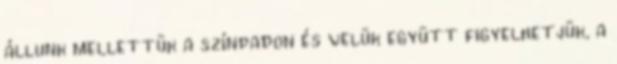
állunk mellettük a színpadon és velük együtt figyelhetjük, a